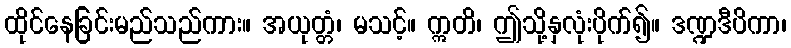
ထိုင်နေခြင်းမည်သည်ကား။ အယုတ္တံ၊ မသင့်။ ဣတိ၊ ဤသို့နှလုံးပိုက်၍။ ဒဏ္ဍဒီပိကာ၊